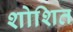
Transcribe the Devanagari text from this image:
शोशित